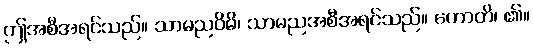
ဤအစီအရင်သည်။ သာမညဝိဓိ၊ သာမညအစီအရင်သည်။ ဟောတိ၊ ၏။